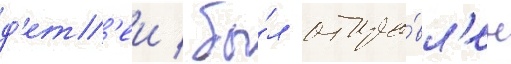
д'ет'еи / бы́л отпра́вл'ен